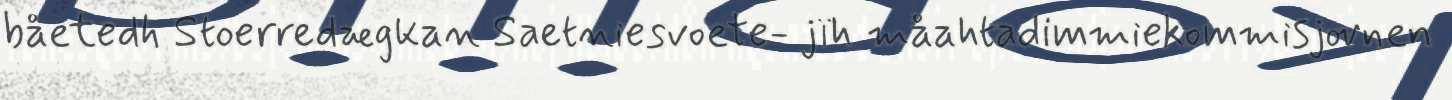
båetedh Stoerredægkan Saetniesvoete- jïh måahtadimmiekommisjovnen